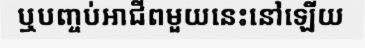
ឬបញ្ចប់អាជីពមួយនេះនៅឡើយ